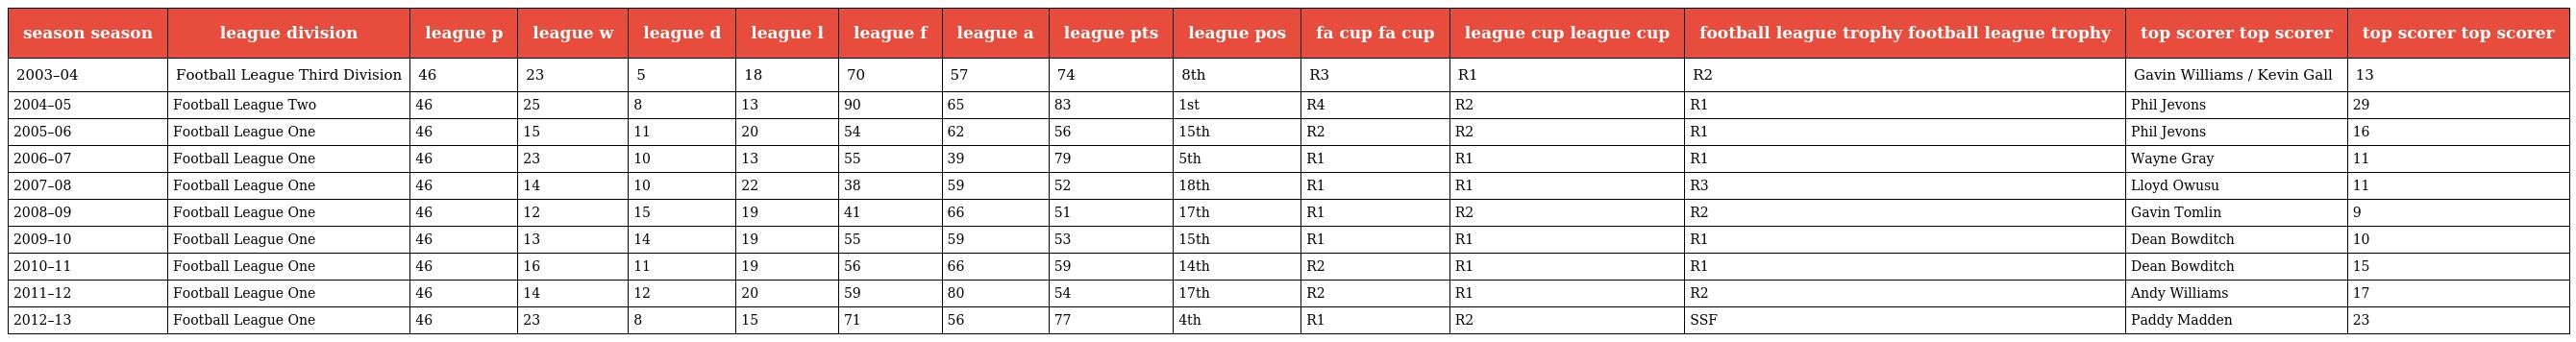
| season season | league division | league p | league w | league d | league l | league f | league a | league pts | league pos | fa cup fa cup | league cup league cup | football league trophy football league trophy | top scorer top scorer | top scorer top scorer |
 | --- | --- | --- | --- | --- | --- | --- | --- | --- | --- | --- | --- | --- | --- | --- |
 | 2003–04 | Football League Third Division | 46 | 23 | 5 | 18 | 70 | 57 | 74 | 8th | R3 | R1 | R2 | Gavin Williams / Kevin Gall | 13 |
 | 2004–05 | Football League Two | 46 | 25 | 8 | 13 | 90 | 65 | 83 | 1st | R4 | R2 | R1 | Phil Jevons | 29 |
 | 2005–06 | Football League One | 46 | 15 | 11 | 20 | 54 | 62 | 56 | 15th | R2 | R2 | R1 | Phil Jevons | 16 |
 | 2006–07 | Football League One | 46 | 23 | 10 | 13 | 55 | 39 | 79 | 5th | R1 | R1 | R1 | Wayne Gray | 11 |
 | 2007–08 | Football League One | 46 | 14 | 10 | 22 | 38 | 59 | 52 | 18th | R1 | R1 | R3 | Lloyd Owusu | 11 |
 | 2008–09 | Football League One | 46 | 12 | 15 | 19 | 41 | 66 | 51 | 17th | R1 | R2 | R2 | Gavin Tomlin | 9 |
 | 2009–10 | Football League One | 46 | 13 | 14 | 19 | 55 | 59 | 53 | 15th | R1 | R1 | R1 | Dean Bowditch | 10 |
 | 2010–11 | Football League One | 46 | 16 | 11 | 19 | 56 | 66 | 59 | 14th | R2 | R1 | R1 | Dean Bowditch | 15 |
 | 2011–12 | Football League One | 46 | 14 | 12 | 20 | 59 | 80 | 54 | 17th | R2 | R1 | R2 | Andy Williams | 17 |
 | 2012–13 | Football League One | 46 | 23 | 8 | 15 | 71 | 56 | 77 | 4th | R1 | R2 | SSF | Paddy Madden | 23 |